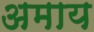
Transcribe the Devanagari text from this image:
अमाय